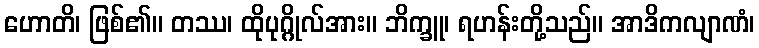
ဟောတိ၊ ဖြစ်၏။ တဿ၊ ထိုပုဂ္ဂိုလ်အား။ ဘိက္ခူ၊ ရဟန်းတို့သည်။ အာဒိကလျာဏံ၊